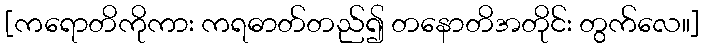
[ကရောတိကိုကား ကရဓာတ်တည်၍ တနောတိအတိုင်း တွက်လေ။]